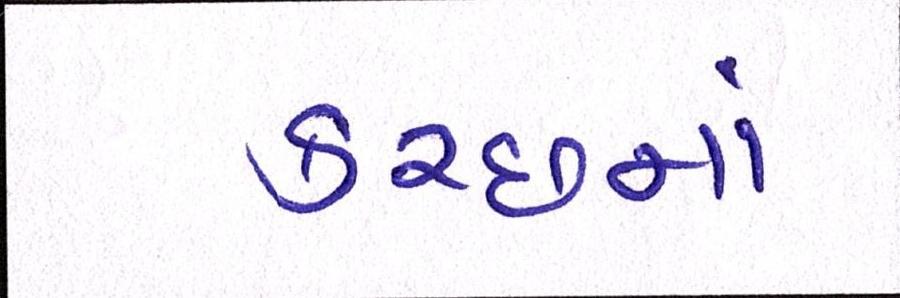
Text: કચ્છનાં